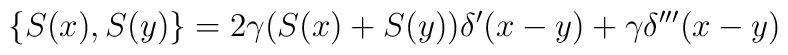
\{ S(x),S(y) \} = 2 \gamma (S(x) + S(y)) \delta^{\prime} (x-y) + \gamma\delta^{\prime \prime \prime} (x-y)